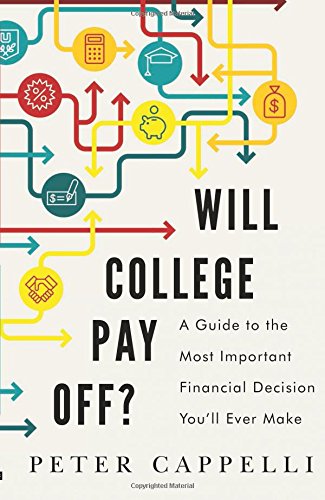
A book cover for Will College Pay Off?: A Guide to the Most Important Financial Decision You'll Ever Make; Peter Cappelli; Education & Teaching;